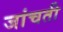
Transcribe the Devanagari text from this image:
जांचती